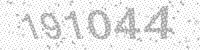
Solution: 191044